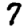
Digit: 7